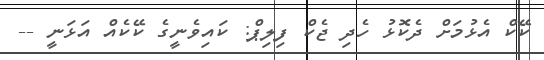
ކޭކް އެޅުމަށް ދެކޮޅު ހެދި ޖެކް ފިލިޕް: ކައިވެނީގެ ކޭކެއް އަޅަނީ --